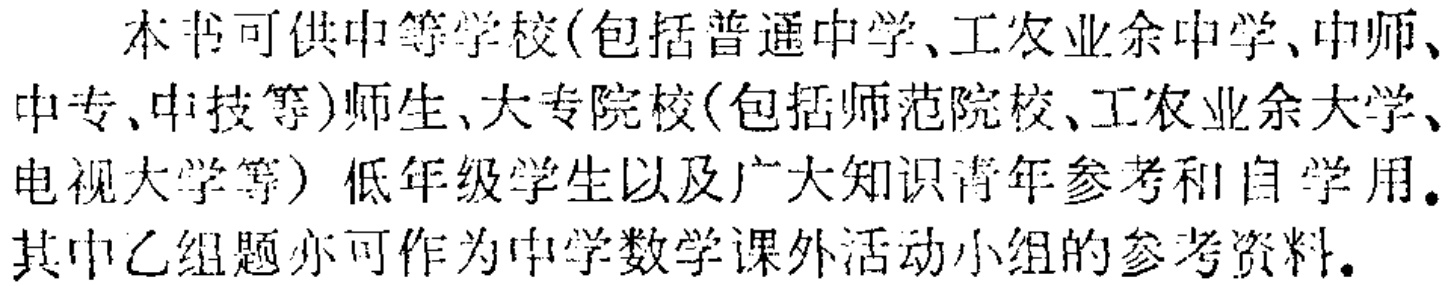
本书可供中等学校(包括普通中学、工农业余中学、中师、中专、中技等)师生、大专院校(包括师范院校、工农业余大学、电视大学等）低年级学生以及广大知识青年参考和自学用。其中乙组题亦可作为中学数学课外活动小组的参考资料。